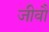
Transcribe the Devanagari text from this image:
जीवौ